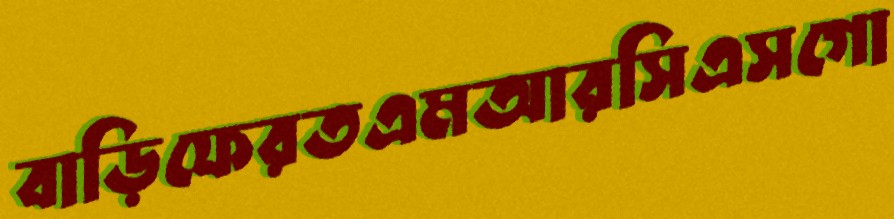
বাড়িফেরতএমআরসিএসগো